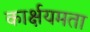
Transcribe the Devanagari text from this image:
कार्क्षयमता